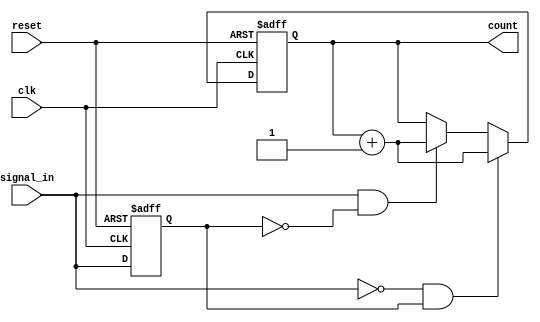
module edge_counter (
    input wire clk,              // Clock signal
    input wire reset,            // Active-high asynchronous reset
    input wire signal_in,        // Input signal for edge detection
    output reg [15:0] count      // 16-bit counter output (adjust width as needed)
);

    // State to hold the previous value of signal_in
    reg signal_in_prev;

    // Edge detection and counting logic
    always @(posedge clk or posedge reset) begin
        if (reset) begin
            count <= 16'b0;       // Reset the counter to zero
            signal_in_prev <= 1'b0; // Initialize previous signal state
        end else begin
            // Rising edge detection
            if (signal_in && !signal_in_prev) begin
                count <= count + 1; // Increment count on rising edge
            end
            
            // Falling edge detection
            if (!signal_in && signal_in_prev) begin
                count <= count + 1; // Increment count on falling edge
            end
            
            // Update the previous signal state
            signal_in_prev <= signal_in;
        end
    end

endmodule